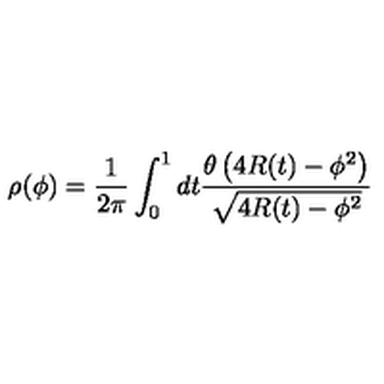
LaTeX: \rho ( \phi ) = \frac { 1 } { 2 \pi } \int _ { 0 } ^ { 1 } d t \frac { \theta \left( 4 R ( t ) - \phi ^ { 2 } \right) } { \sqrt { 4 R ( t ) - \phi ^ { 2 } } }